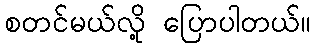
စတင်မယ်လို့ ပြောပါတယ်။